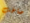
صاخب